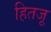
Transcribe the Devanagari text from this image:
हितजू